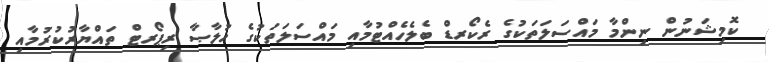
ކޮމިޝަނުން ނިންމާ މައްސަލަތަކުގެ ރެކޯރޑް ބެލެހެއްޓުމާއި މައްސަލަތަކުގެ ހުލާޞާ ރިޕޯރޓް ތައްޔާރުކުރުމާއި